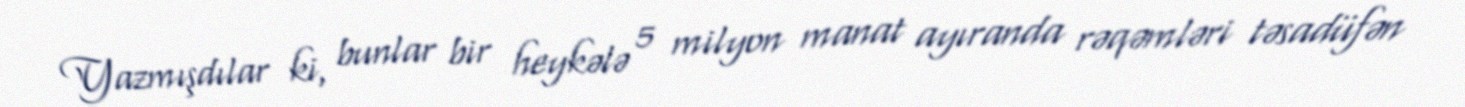
Yazmışdılar ki, bunlar bir heykələ 5 milyon manat ayıranda rəqəmləri təsadüfən